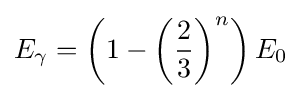
E_{\gamma }=\left(1-\left({\frac {2}{3}}\right)^{n}\right)E_{0}